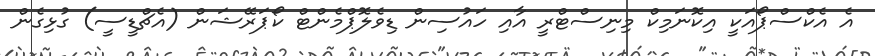
އެ އެކްސްޕޯއަކީ އިކޮނަމިކް މިނިސްޓްރީ އާއި ހައުސިން ޑިވެލޮޕްމެންޓް ކޯޕަރޭޝަން (އެޗްޑީސީ) ގުޅިގެން